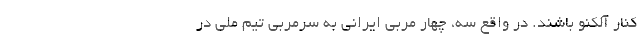
کنار آلکنو باشند. در واقع سه، چهار مربی ایرانی به سرمربی تیم ملی در